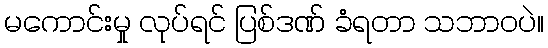
မကောင်းမှု လုပ်ရင် ပြစ်ဒဏ် ခံရတာ သဘာဝပဲ။